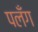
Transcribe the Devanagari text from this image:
पलँग